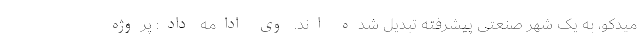
میدکو، به یک شهر صنعتی پیشرفته تبدیل شده اند. وی ادامه داد: پروژه